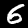
Digit: 6